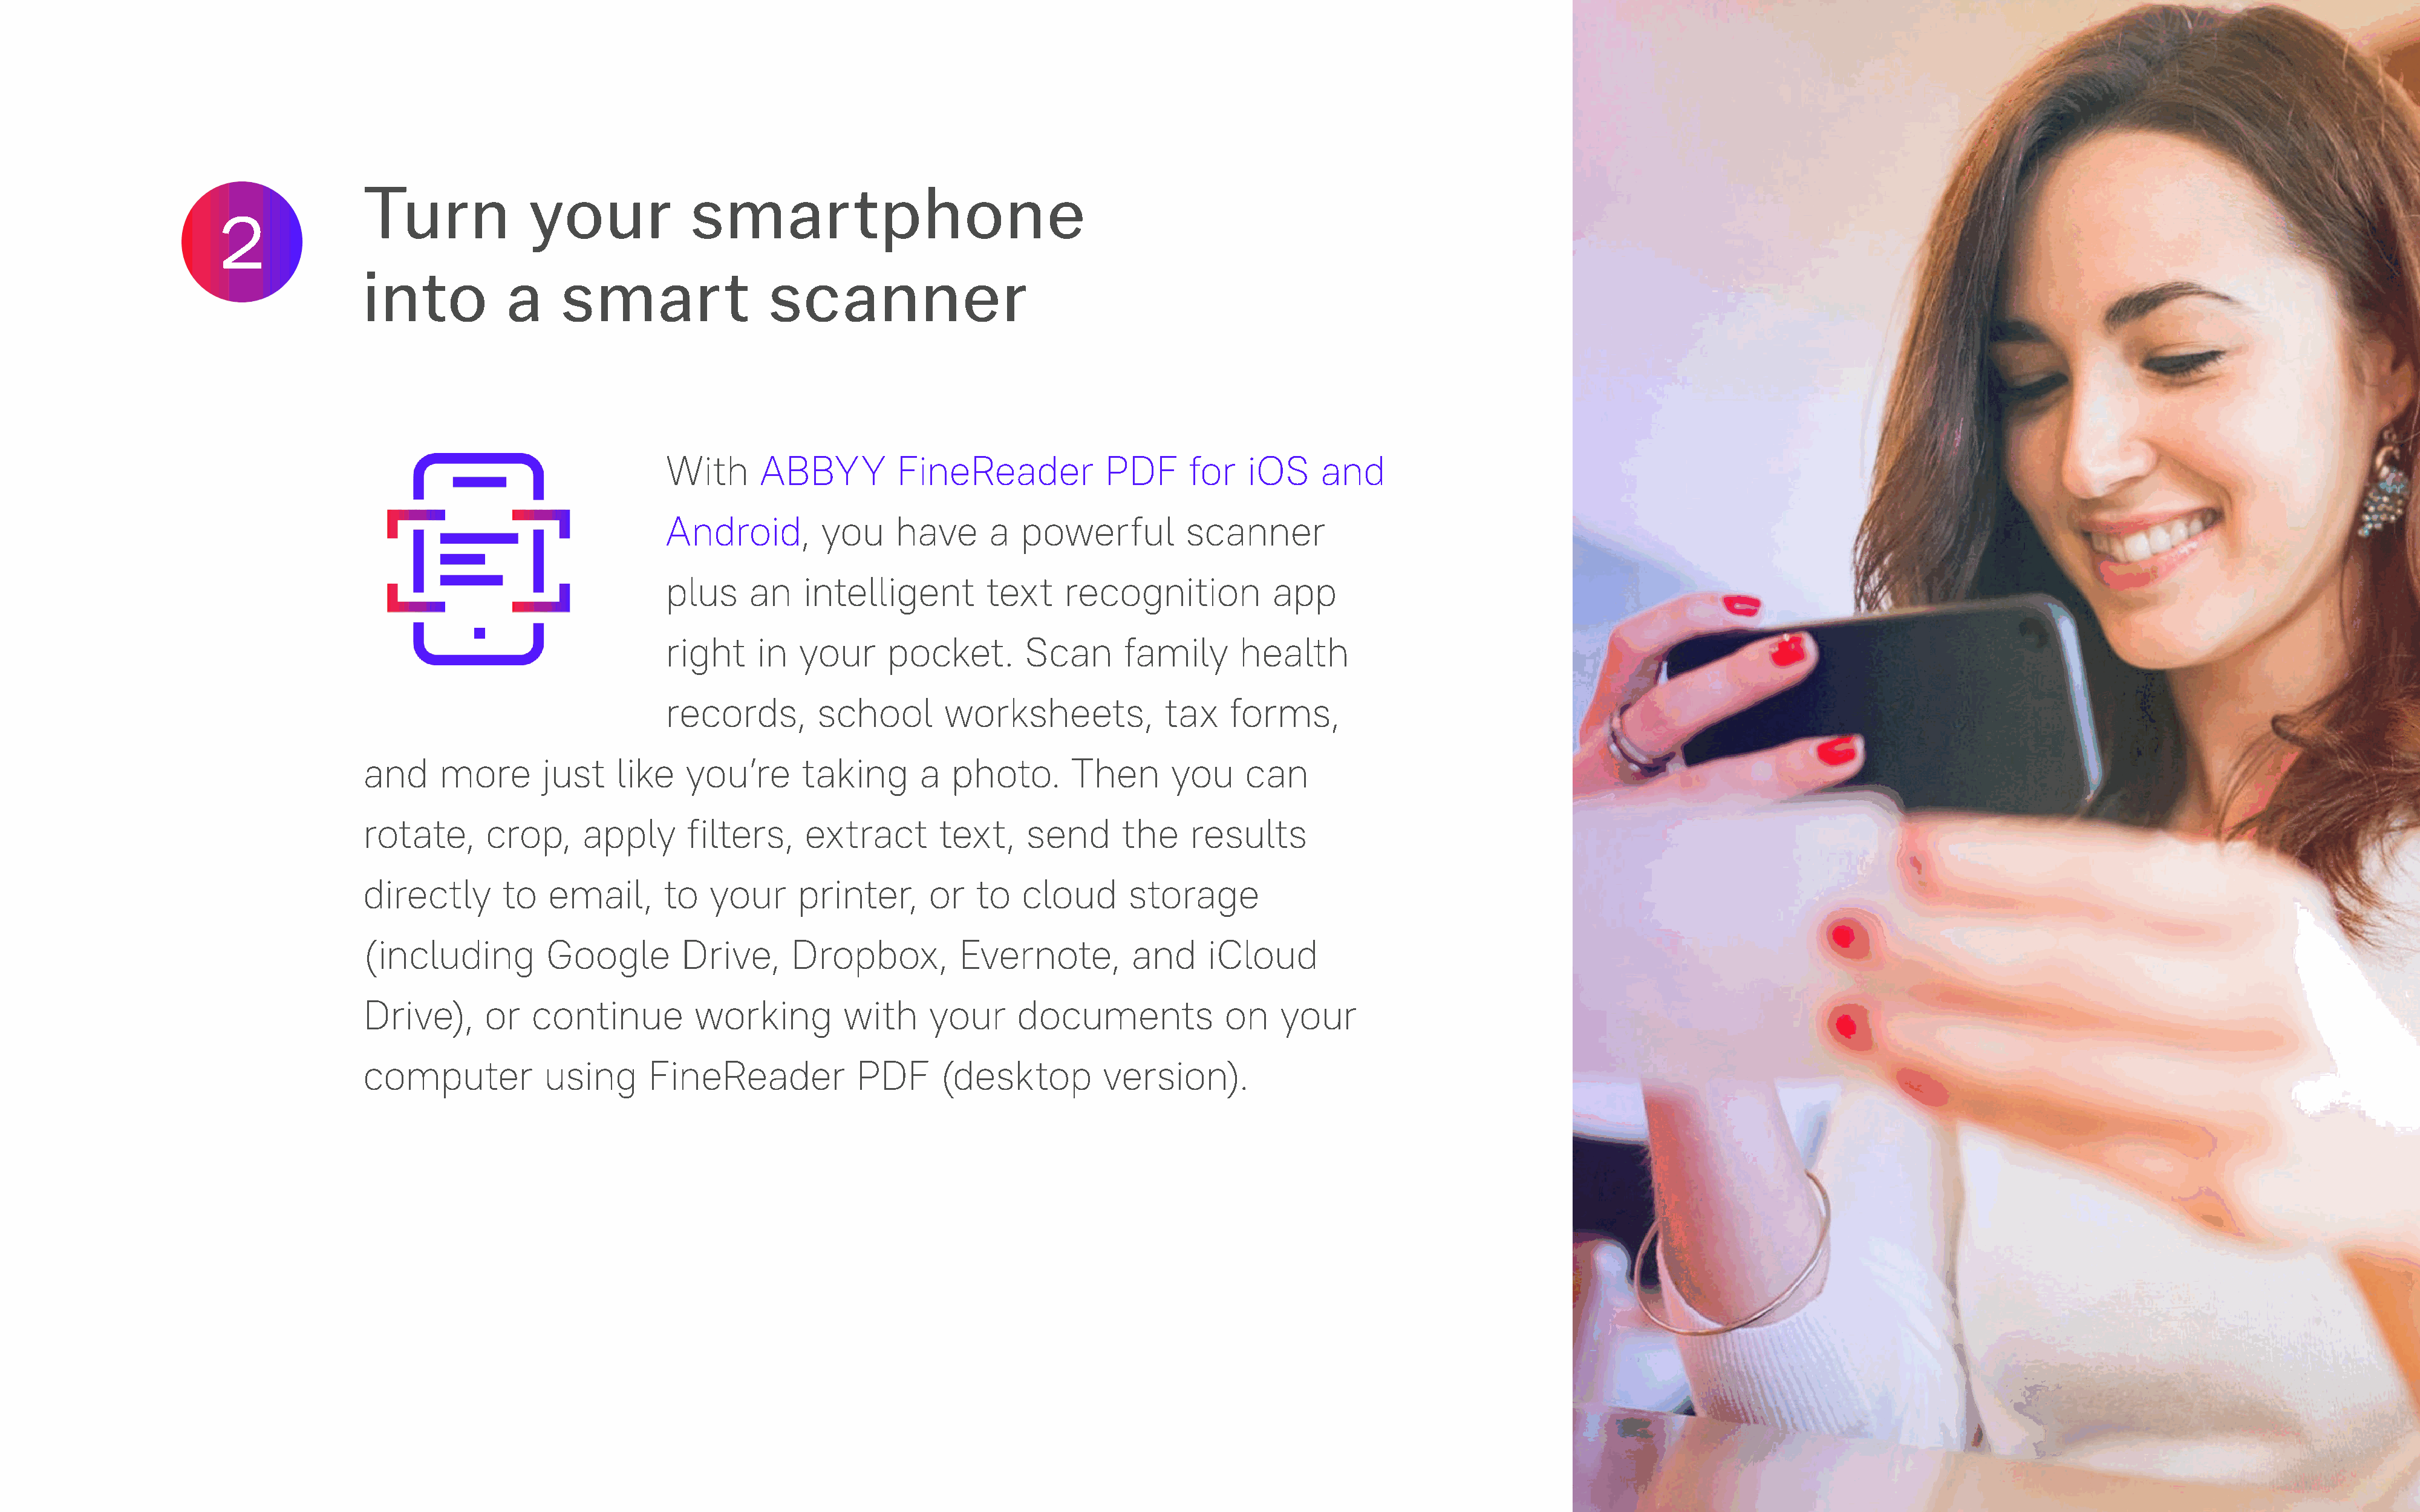
Turn              your              smar             tphone
 2
 into           a     smar              t    scanner
 With      ABBYY          FineReader             PDF      for   iOS     and
 Android,         you     have      a   powerful          scanner
 plus     an    intelligent         text    recognition            app
 right     in  your      pocket.        Scan       family       health
 records,        school        worksheets,             tax     forms,
 and     more       just    like    you’re       taking       a  photo.       Then       you     can
 rotate,      crop,      apply      filters,     extract        text,    send       the    results
 directly       to   email,       to   your     printer,       or   to   cloud      storage
 (including          Google         Drive,      Dropbox,          Evernote,          and     iCloud
 Drive),      or   continue          working         with      your     documents              on    your
 computer            using      FineReader             PDF      (desktop          version).
 5